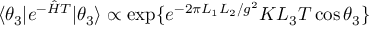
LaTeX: \langle \theta _ { 3 } | e ^ { - { \hat { H } } T } | \theta _ { 3 } \rangle \propto \mathrm { e x p } \{ e ^ { - 2 \pi L _ { 1 } L _ { 2 } / g ^ { 2 } } K L _ { 3 } T \cos \theta _ { 3 } \}